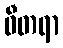
ဓီတရာ